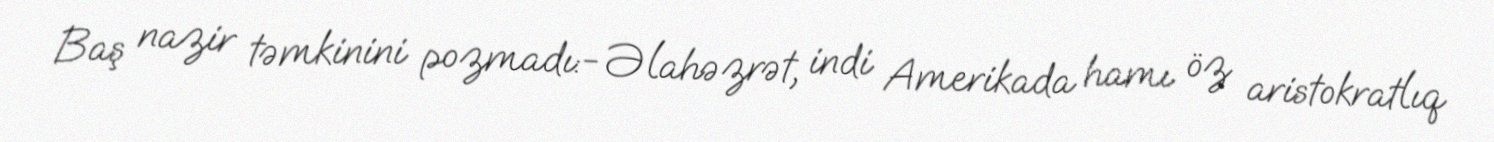
Baş nazir təmkinini pozmadı:- Əlahəzrət, indi Amerikada hamı öz aristokratlıq